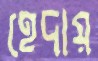
হেদায়